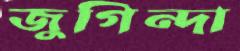
জুগিন্দা